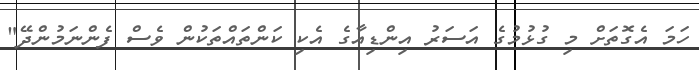
ހަމަ އެގޮތަށް މި ގުޅުމުގެ އަސަރު އިންޑިއާގެ އެކި ކަންތައްތަކުން ވެސް ފެންނަމުންދޭ"